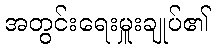
အတွင်းရေးမှူးချုပ်၏